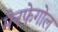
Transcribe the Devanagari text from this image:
मेनफेगोल